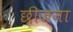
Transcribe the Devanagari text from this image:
छीजना